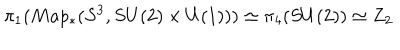
LaTeX: \pi _ { 1 } ( M a p _ { \ast } ( S ^ { 3 } , S U ( 2 ) \times U ( 1 ) ) ) \simeq \pi _ { 4 } ( S U ( 2 ) ) \simeq Z _ { 2 }